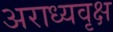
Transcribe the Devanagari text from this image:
अराध्यवृक्ष